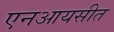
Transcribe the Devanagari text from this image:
एनआयसीत